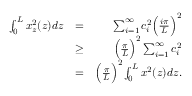
\begin{array} { r l r } { \int _ { 0 } ^ { L } x _ { z } ^ { 2 } ( z ) d z } & { = } & { \sum _ { i = 1 } ^ { \infty } c _ { i } ^ { 2 } \Big ( \frac { i \pi } { L } \Big ) ^ { 2 } } \\ & { \geq } & { \Big ( \frac { \pi } { L } \Big ) ^ { 2 } \sum _ { i = 1 } ^ { \infty } c _ { i } ^ { 2 } } \\ & { = } & { \Big ( \frac { \pi } { L } \Big ) ^ { 2 } \int _ { 0 } ^ { L } x ^ { 2 } ( z ) d z . } \end{array}